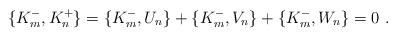
LaTeX: \begin{align*}\{ K^-_m , K^+_n \} = \{ K^-_m , U_n \} + \{ K^-_m , V_n \} + \{ K^-_m , W_n \} = 0 \ .\end{align*}